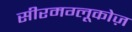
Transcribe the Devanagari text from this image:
सीरमग्लूकोज़